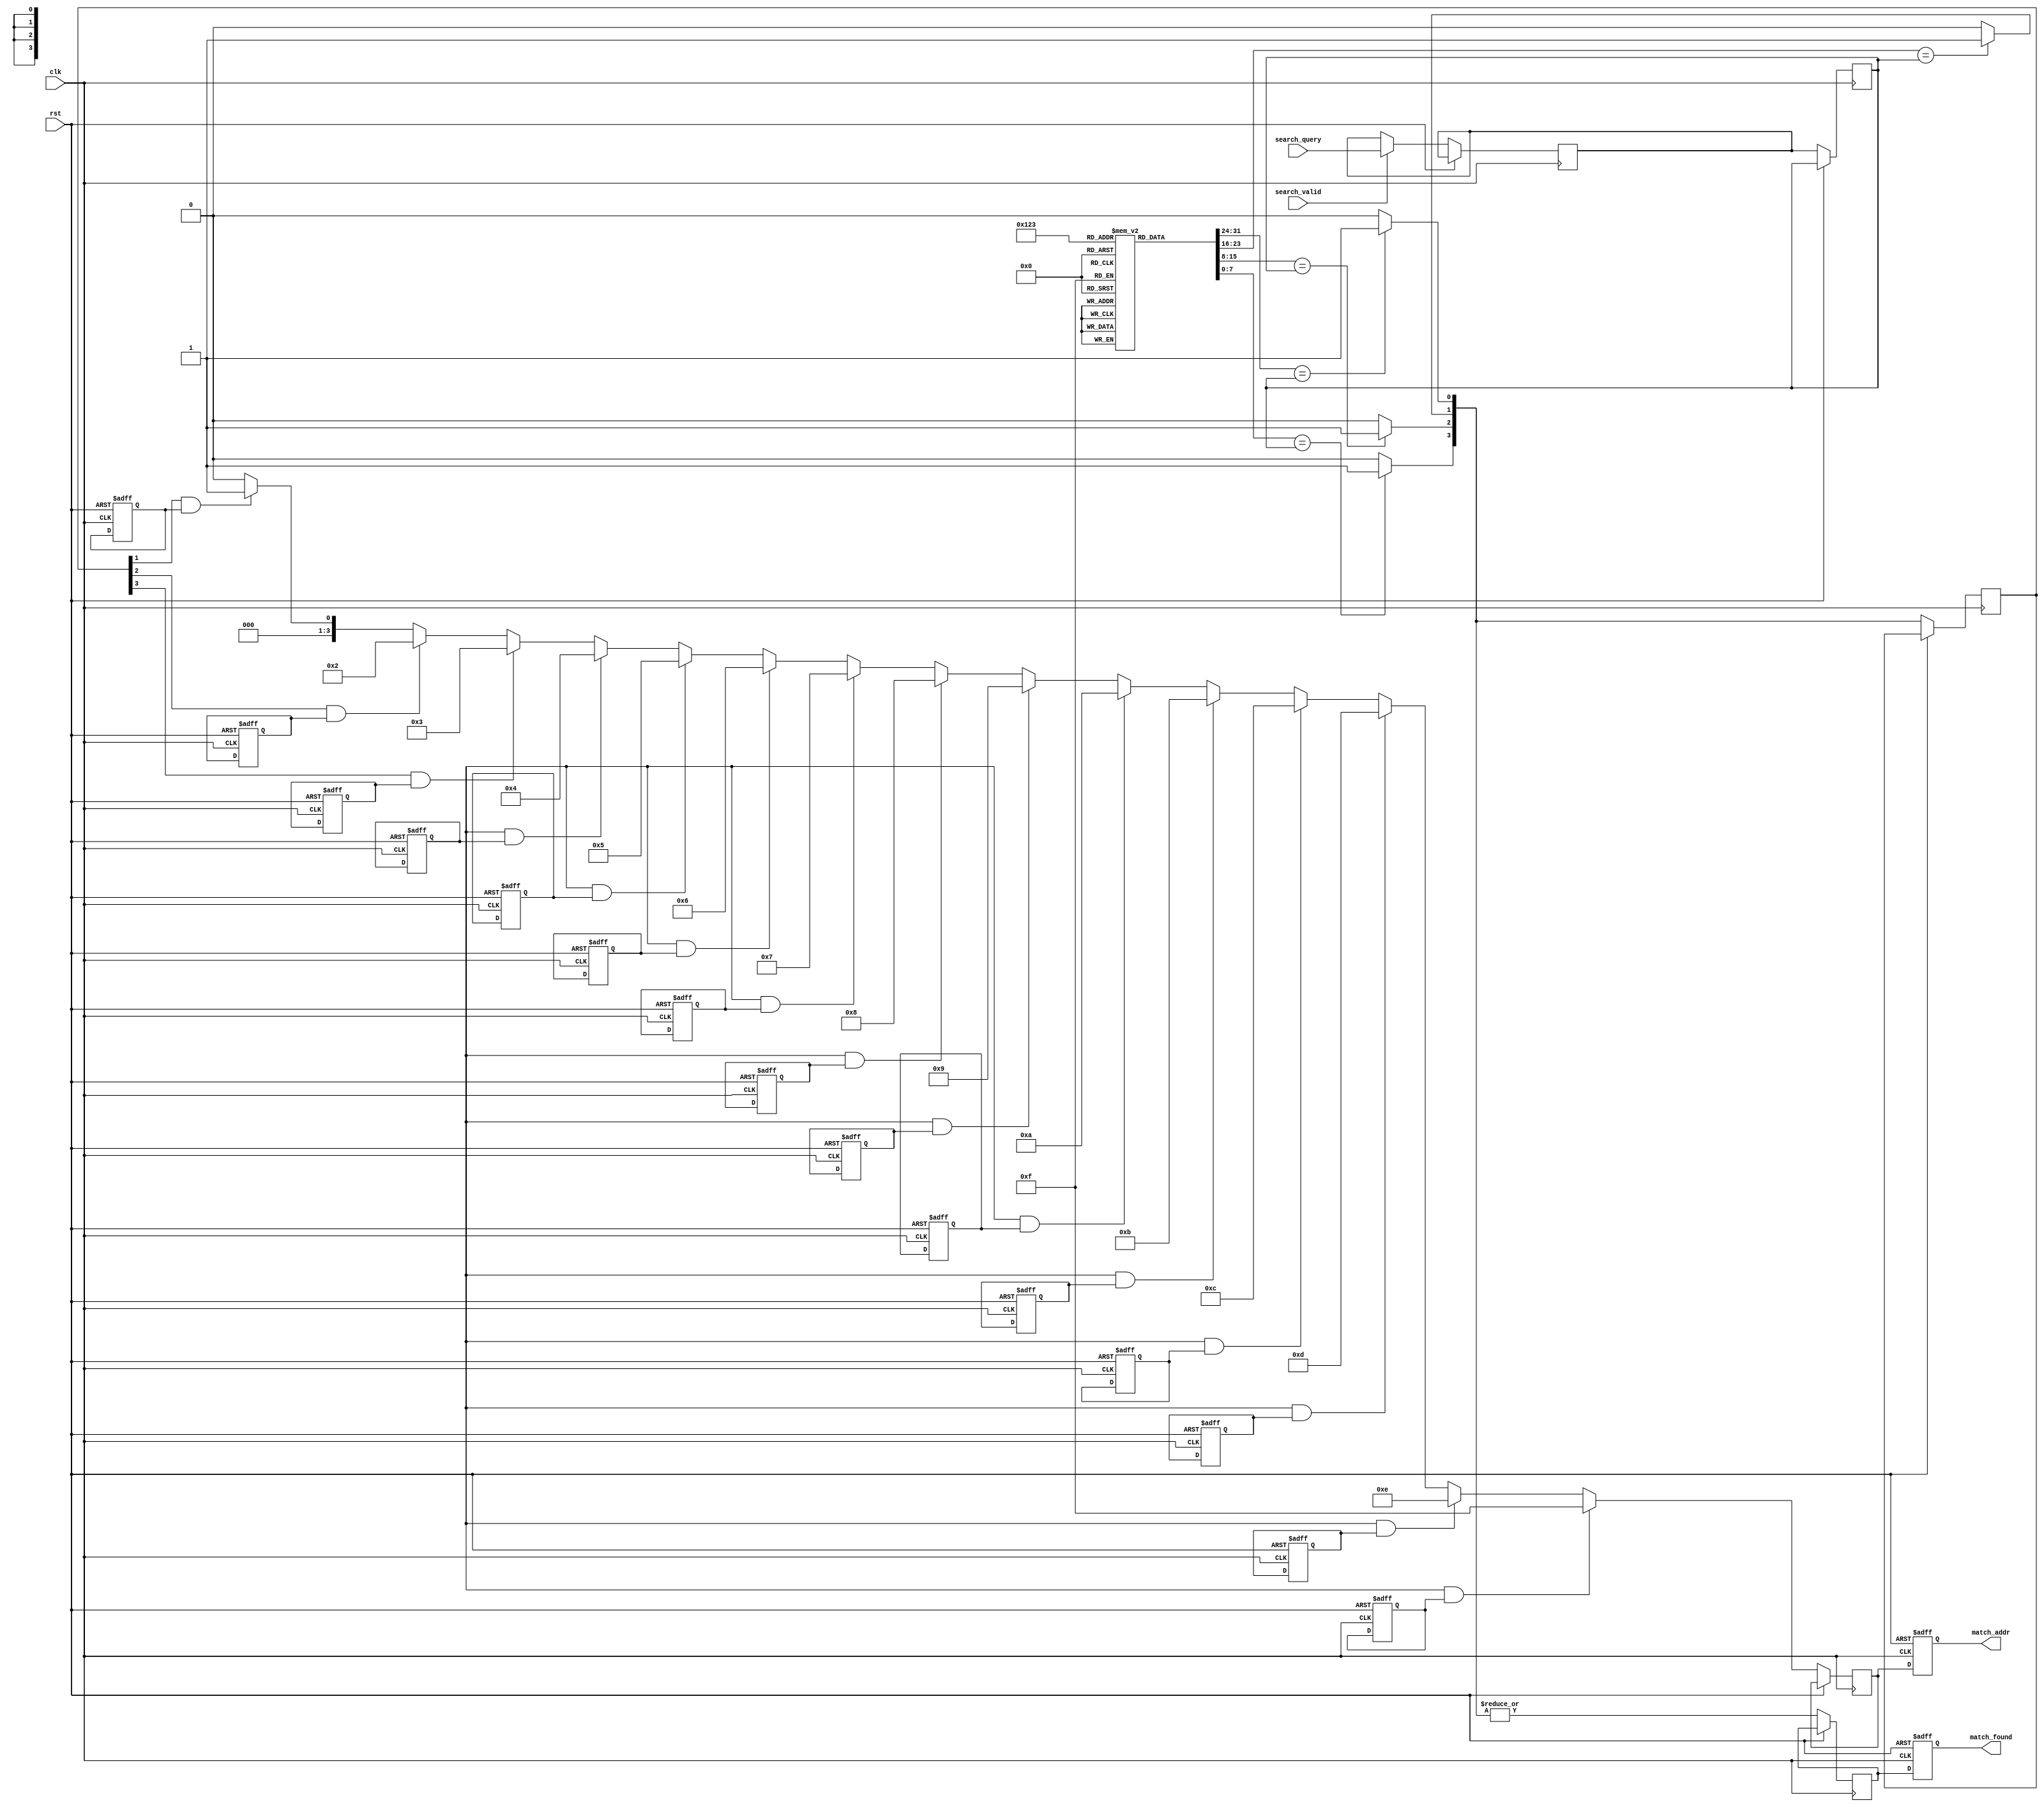
module pipelined_cam #(
    parameter DATA_WIDTH = 8,    // Width of data stored in CAM
    parameter ADDR_WIDTH = 4,    // Number of entries in CAM
    parameter PIPELINE_STAGES = 3 // Number of pipeline stages
)(
    input wire clk,
    input wire rst,
    input wire [DATA_WIDTH-1:0] search_query,
    input wire search_valid,
    output reg [ADDR_WIDTH-1:0] match_addr,
    output reg match_found
);

    // Memory array: each entry has a data word and a valid bit
    reg [DATA_WIDTH-1:0] cam_array [0:(1<<ADDR_WIDTH)-1];
    reg valid_bits [0:(1<<ADDR_WIDTH)-1];

    // Pipeline registers
    reg [DATA_WIDTH-1:0] query_reg [0:PIPELINE_STAGES-1];
    reg [ADDR_WIDTH-1:0] match_reg [0:PIPELINE_STAGES-1];
    reg match_found_reg [0:PIPELINE_STAGES-1];

    // Match logic
    wire [ADDR_WIDTH-1:0] match_lines;
    reg [ADDR_WIDTH-1:0] highest_priority_match;

    // Priority encoder
    integer i;
    always @(*) begin
        highest_priority_match = {ADDR_WIDTH{1'b0}};
        for (i = 0; i < (1 << ADDR_WIDTH); i = i + 1) begin
            if (match_lines[i] && valid_bits[i]) begin
                highest_priority_match = i; // Update with the highest priority match
            end
        end
    end

    // Input capture and match computation
    always @(posedge clk or posedge rst) begin
        if (rst) begin
            match_found <= 1'b0;
            match_addr <= {ADDR_WIDTH{1'b0}};
            for (i = 0; i < (1 << ADDR_WIDTH); i = i + 1) begin
                valid_bits[i] <= 1'b0; // Reset valid bits
            end
        end else begin
            // Pipeline stage 1: Capture search query
            if (search_valid) begin
                query_reg[0] <= search_query;
            end

            // Pipeline stage 2: Match computation
            query_reg[1] <= query_reg[0];
            match_lines = 0;
            for (i = 0; i < (1 << ADDR_WIDTH); i = i + 1) begin
                if (cam_array[i] == query_reg[1]) begin
                    match_lines[i] = 1'b1; // Set match line if there's a match
                end
            end

            // Pipeline stage 3: Output retrieval
            match_reg[2] <= highest_priority_match;
            match_found_reg[2] <= |match_lines; // Check if any match found
            match_addr <= match_reg[2];
            match_found <= match_found_reg[2];
        end
    end

    // Example initialization of CAM array (for simulation purposes)
    initial begin
        // Initialize CAM with some values
        cam_array[0] = 8'hAA; valid_bits[0] = 1'b1;
        cam_array[1] = 8'hBB; valid_bits[1] = 1'b1;
        cam_array[2] = 8'hCC; valid_bits[2] = 1'b1;
        cam_array[3] = 8'hDD; valid_bits[3] = 1'b1;
    end

endmodule